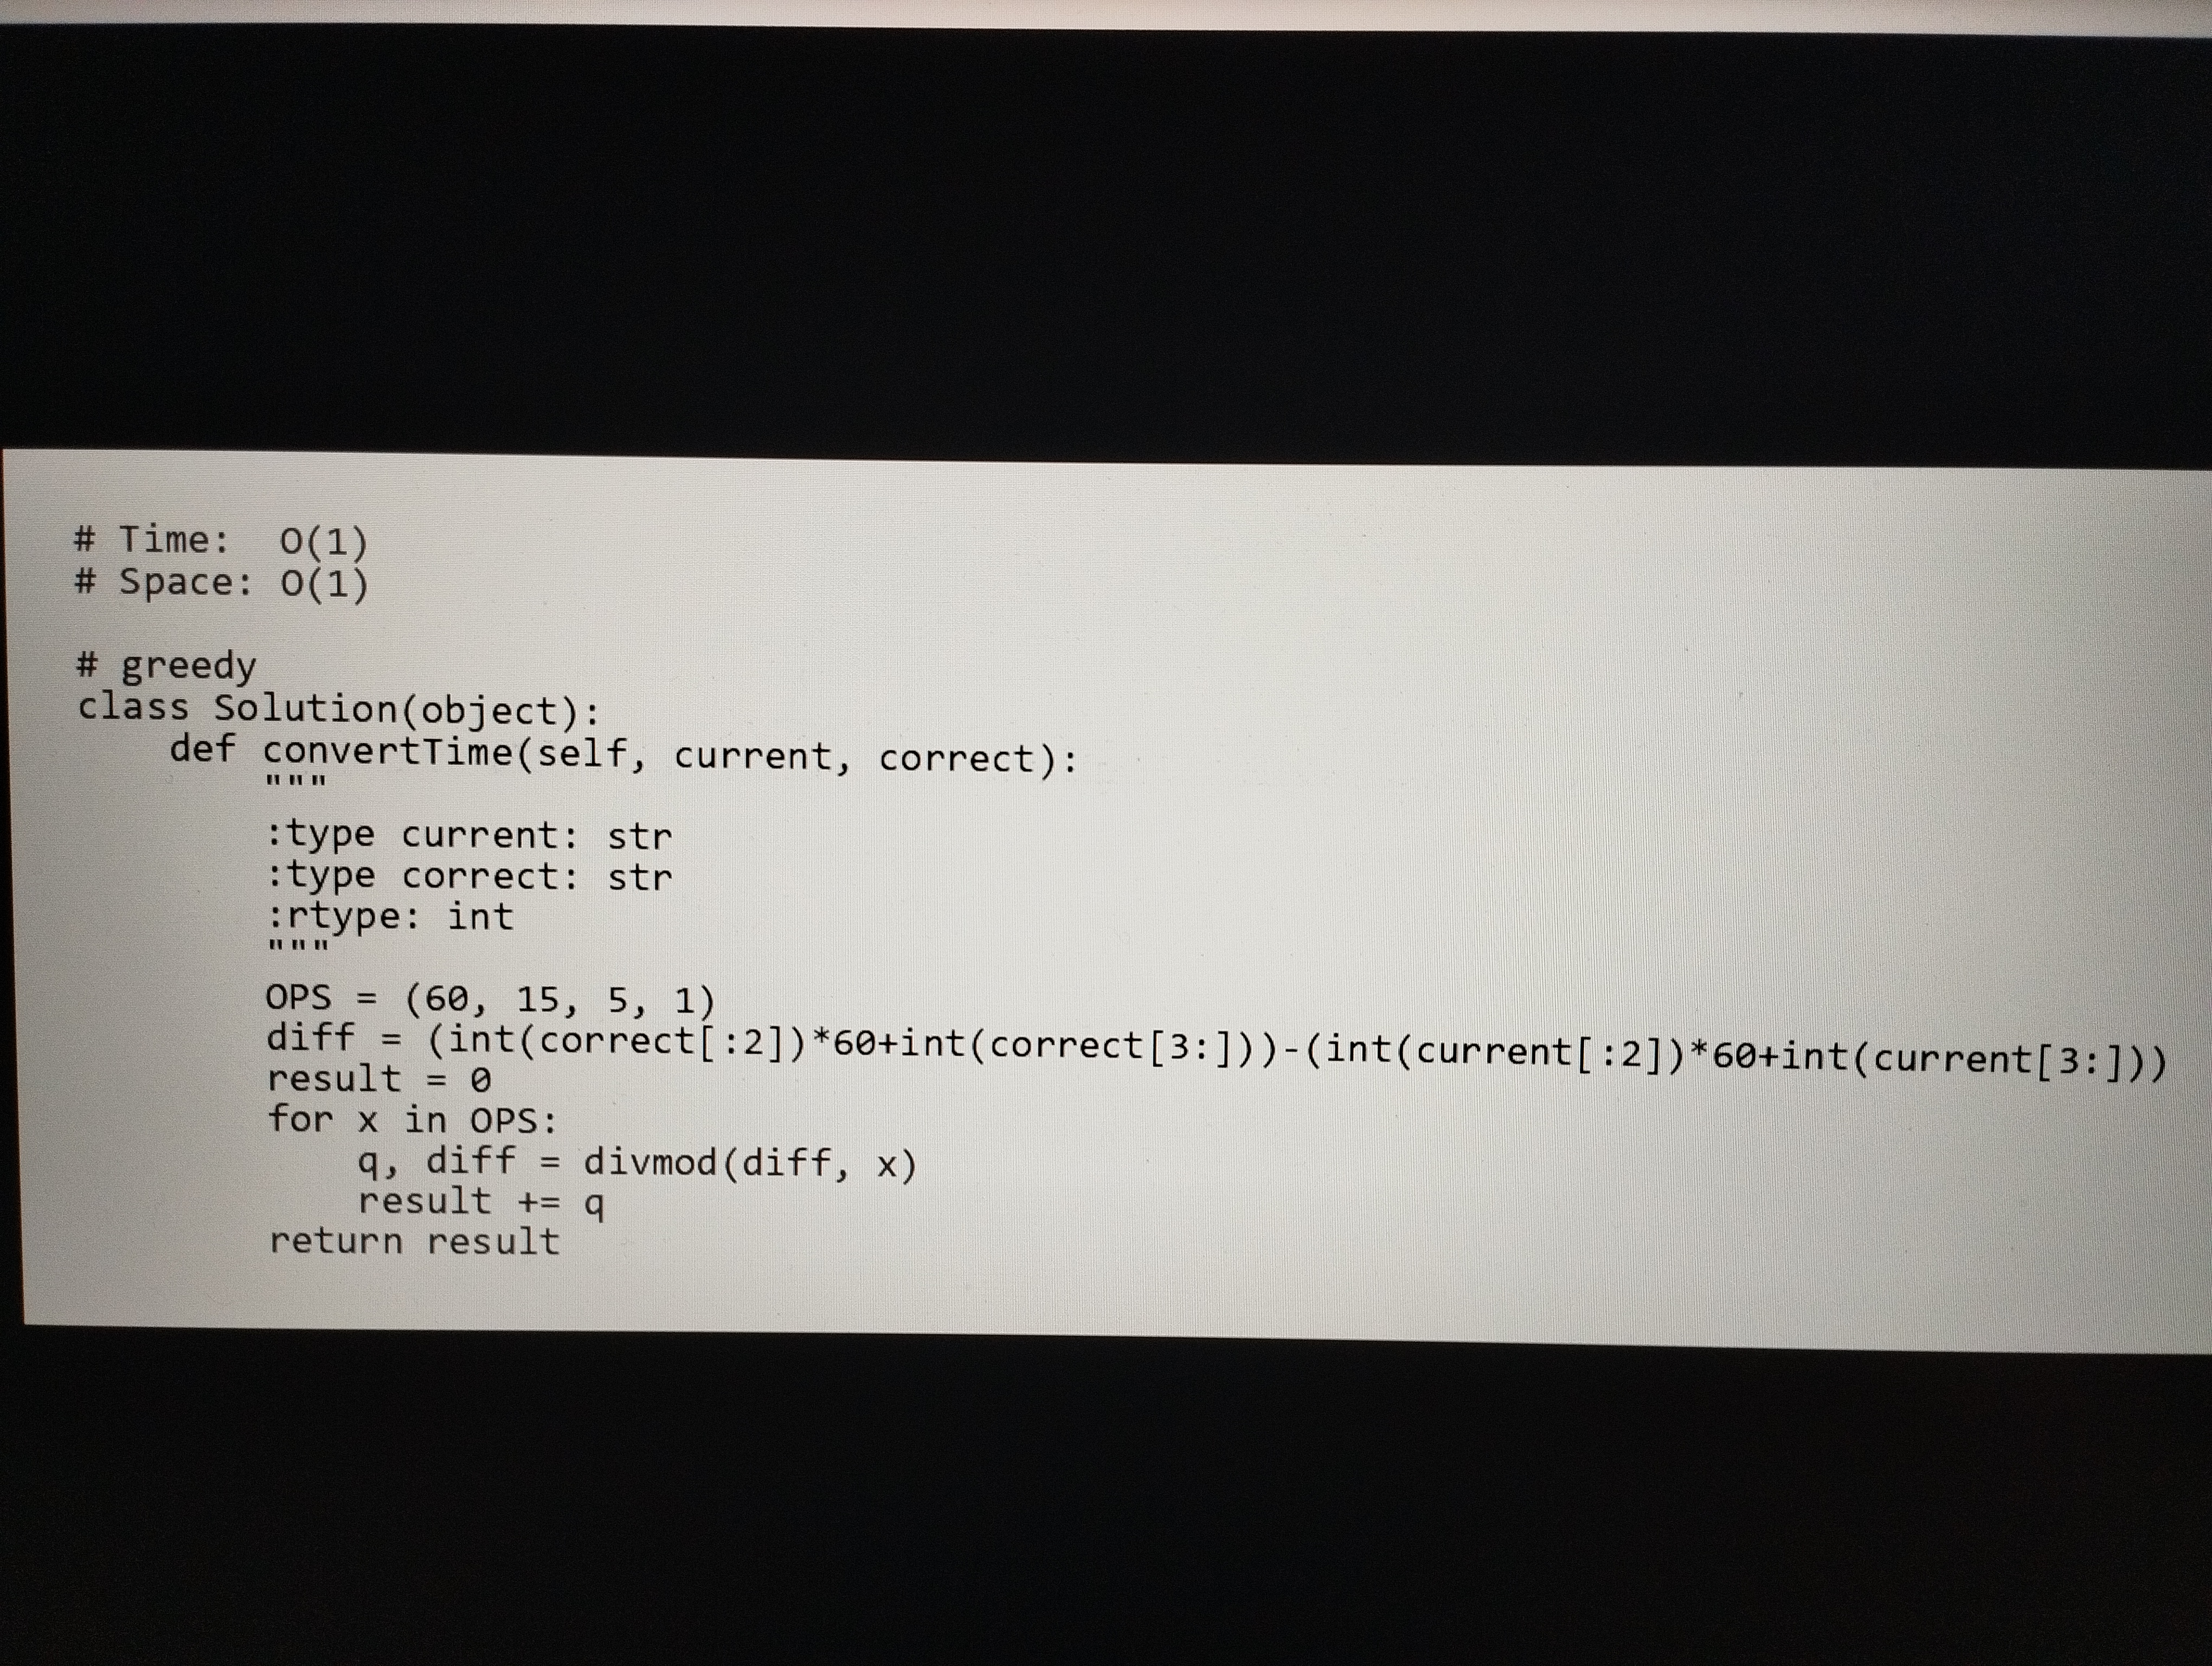
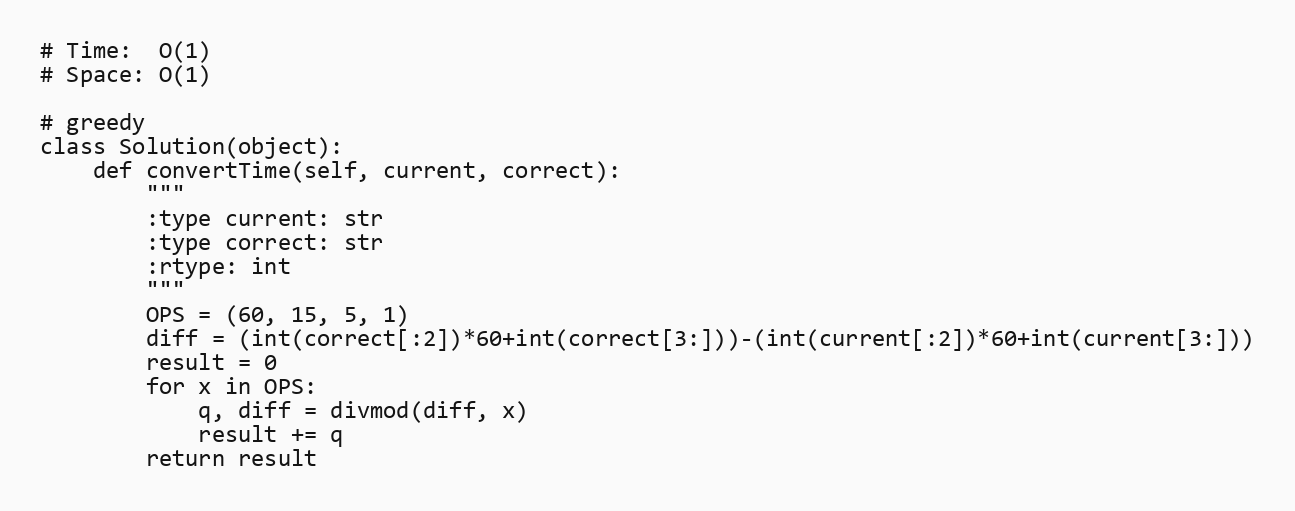
# Time:  O(1)
# Space: O(1)

# greedy
class Solution(object):
    def convertTime(self, current, correct):
        """
        :type current: str
        :type correct: str
        :rtype: int
        """
        OPS = (60, 15, 5, 1)
        diff = (int(correct[:2])*60+int(correct[3:]))-(int(current[:2])*60+int(current[3:]))
        result = 0
        for x in OPS:
            q, diff = divmod(diff, x)
            result += q
        return result